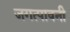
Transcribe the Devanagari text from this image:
जगत्पावनी